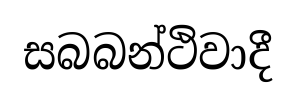
සබබන්ථිවාදී